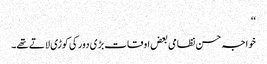
‘‘
خواجہ حسن نظامی بعض اوقات بڑی دور کی کوڑی لاتے تھے۔